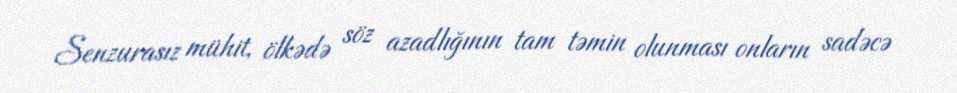
Senzurasız mühit, ölkədə söz azadlığının tam təmin olunması onların sadəcə